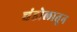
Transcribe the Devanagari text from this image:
चंडोलातून